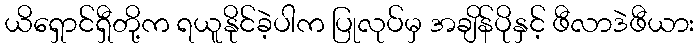
ယိရှောင်ရှီတို့က ရယူနိုင်ခဲ့ပါက ပြုလုပ်မှ အချိန်ပိုနှင့် ဖီလာဒဲဖီယား